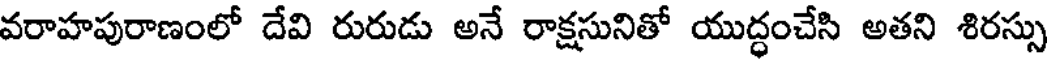
వరాహపురాణంలో దేవి రురుడు అనే రాక్షసునితో యుద్ధంచేసి అతని శిరస్సు